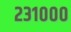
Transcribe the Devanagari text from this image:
२३१०००